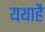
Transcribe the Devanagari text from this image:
यथाहै